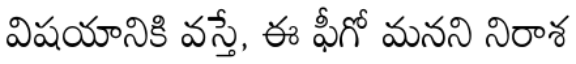
విషయానికి వస్తే, ఈ ఫీగో మనని నిరాశ